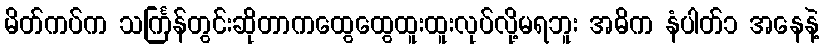
မိတ်ကပ်က သင်္ကြန်တွင်းဆိုတာကထွေထွေထူးထူးလုပ်လို့မရဘူး အဓိက နံပါတ်၁ အနေနဲ့